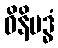
ဝိနိဗဒ္ဓံ